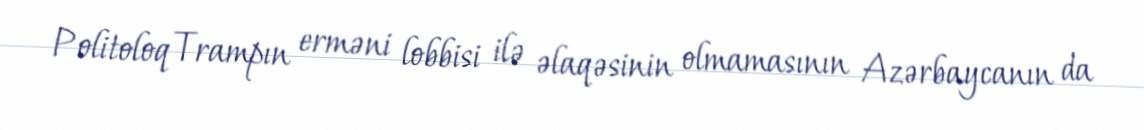
Politoloq Trampın erməni lobbisi ilə əlaqəsinin olmamasının Azərbaycanın da